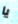
يا